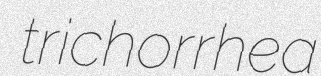
trichorrhea